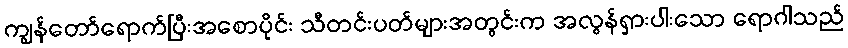
ကျွန်တော်ရောက်ပြီးအစောပိုင်း သီတင်းပတ်များအတွင်းက အလွန်ရှားပါးသော ရောဂါသည်